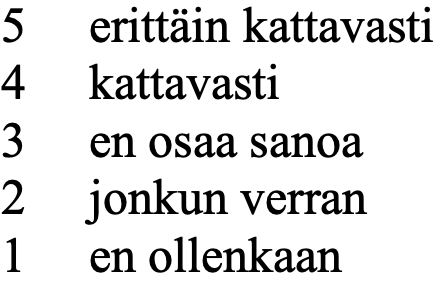
5  erittäin kattavasti 4  kattavasti 3  en osaa sanoa 2  jonkun verran 1  en ollenkaan